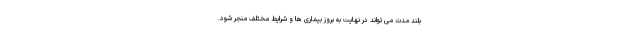
بلند مدت می تواند در نهایت به بروز بیماری ها و شرایط مختلف منجر شود.